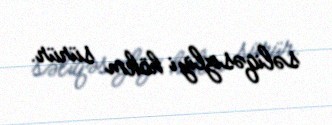
səliqəsizliyi hökm sürür.